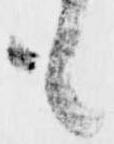
も